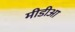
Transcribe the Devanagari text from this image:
मीडीआ